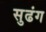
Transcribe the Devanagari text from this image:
सुढंग